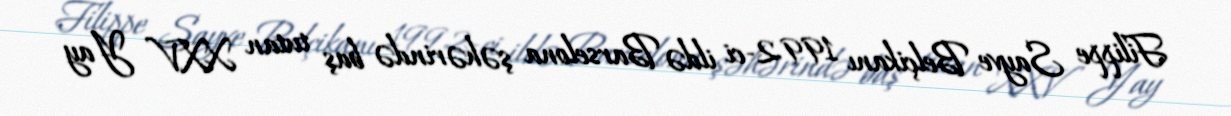
Filippe Sayve Belçikanı 1992-ci ildə Barselona şəhərində baş tutan XXV Yay